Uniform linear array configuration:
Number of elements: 16
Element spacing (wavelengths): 0.5
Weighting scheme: blackman
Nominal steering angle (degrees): -60
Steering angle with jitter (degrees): -58.53
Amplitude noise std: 0.05
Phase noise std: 0.05

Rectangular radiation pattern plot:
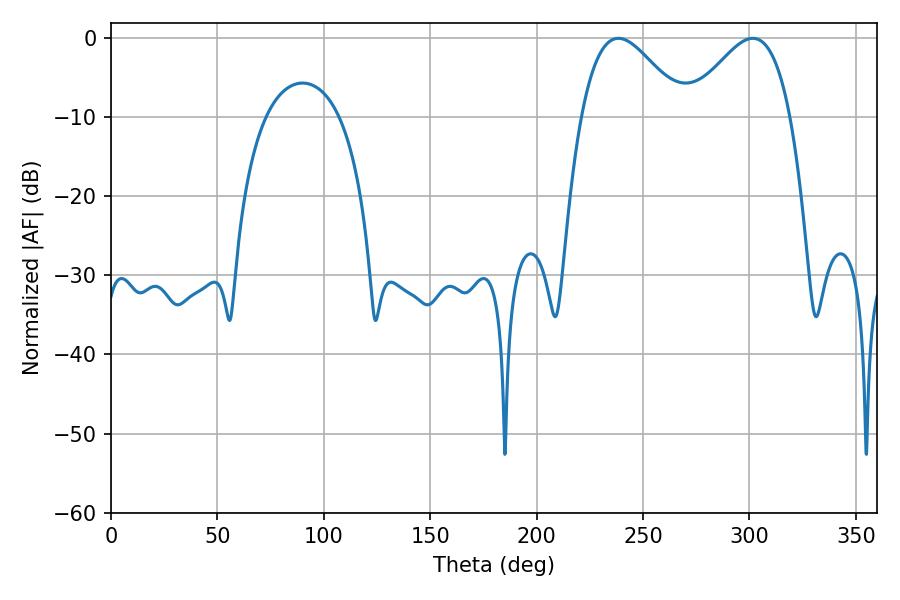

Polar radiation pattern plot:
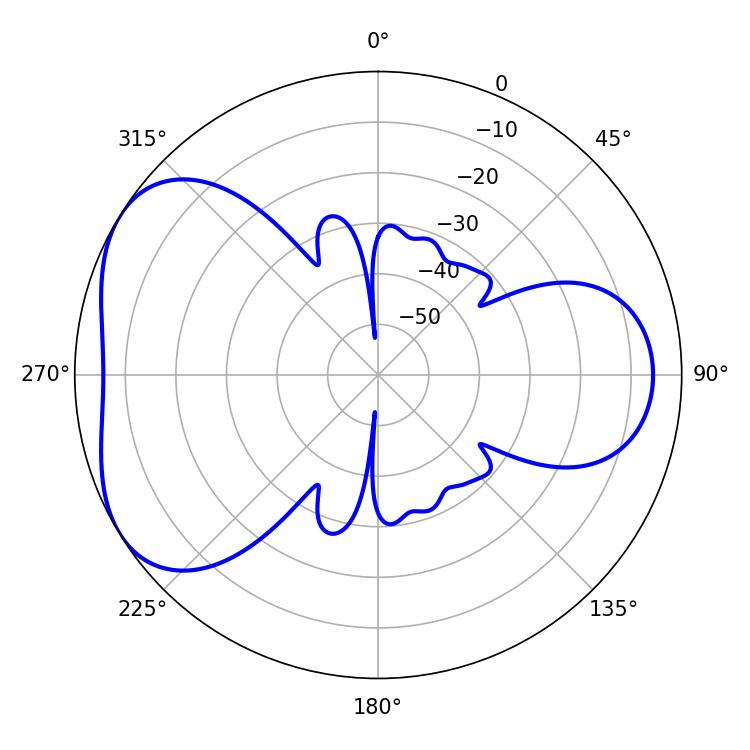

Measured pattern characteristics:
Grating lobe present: FALSE
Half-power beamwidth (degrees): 25.92
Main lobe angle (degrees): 301.5